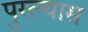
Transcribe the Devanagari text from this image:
पुरल्यास